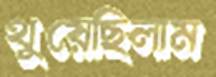
থুয়েছিলাম